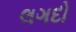
લગદો